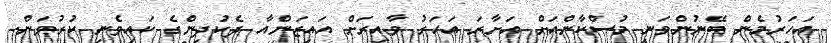
އަހަރުމެން ބޭނުންވަނީ މުސްކާންއަށް އަށާރަ އަހަރު ވާއިރަށް އައިޒަންއާ ދެކުދިންގެ ކައިވެނި ކުރުވަން.